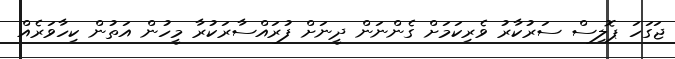
ޖަގަހަ ޕޮލިސް ސަރުކާރު ވެރިކަމަށް ގެންނަން ދީނަށް ފުރައްސާރަކުރާ މީހުން އަތުން ކިހާވަރެއް